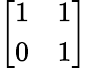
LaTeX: \left[{\begin{array}{ll}{1}&{1}\\ {0}&{1}\end{array}}\right]